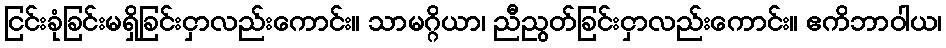
ငြင်းခုံခြင်းမရှိခြင်းငှာလည်းကောင်း။ သာမဂ္ဂိယာ၊ ညီညွတ်ခြင်းငှာလည်းကောင်း။ ဧကိဘာဝါယ၊